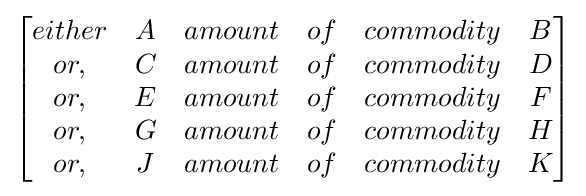
{\begin{bmatrix}either&A&amount&of&commodity&B\\or,&C&amount&of&commodity&D\\or,&E&amount&of&commodity&F\\or,&G&amount&of&commodity&H\\or,&J&amount&of&commodity&K\\\end{bmatrix}}